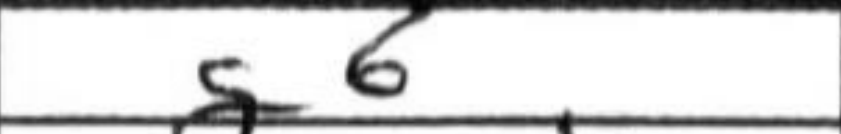
Transcription: g6